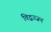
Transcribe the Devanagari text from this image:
विद्बज्जन